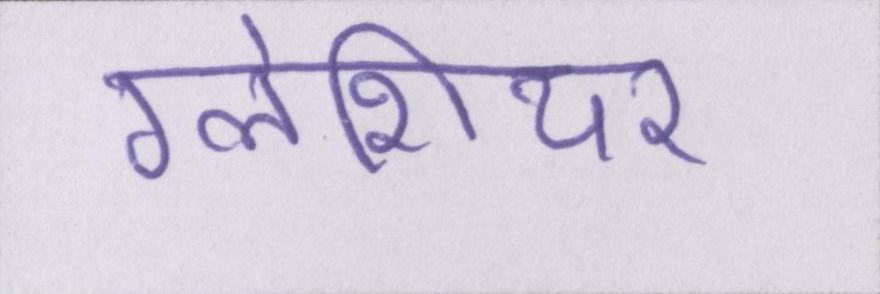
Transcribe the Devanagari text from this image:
ग्लेशियर